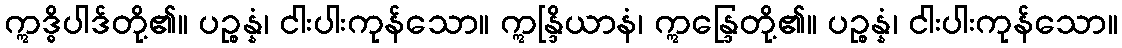
ဣဒ္ဓိပါဒ်တို့၏။ ပဉ္စန္နံ၊ ငါးပါးကုန်သော။ ဣန္ဒြိယာနံ၊ ဣန္ဒြေတို့၏။ ပဉ္စန္နံ၊ ငါးပါးကုန်သော။